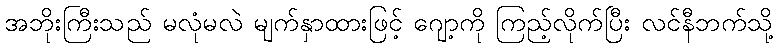
အဘိုးကြီးသည် မလုံမလဲ မျက်နှာထားဖြင့် ဂျော့ကို ကြည့်လိုက်ပြီး လင်နီဘက်သို့